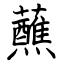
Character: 蘸